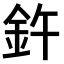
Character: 𫒍